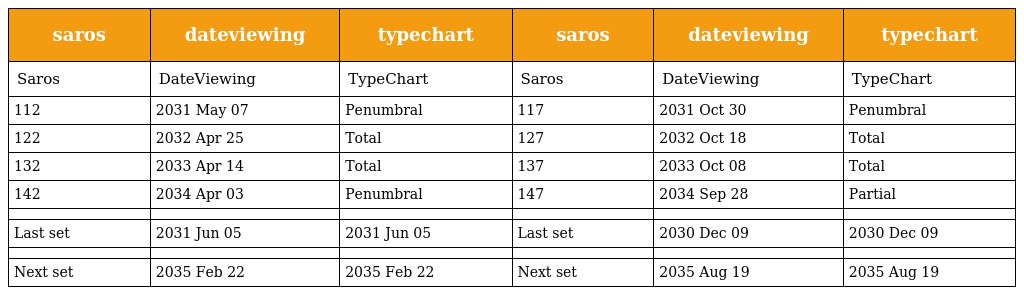
| saros | dateviewing | typechart | saros | dateviewing | typechart |
 | --- | --- | --- | --- | --- | --- |
 | Saros | DateViewing | TypeChart | Saros | DateViewing | TypeChart |
 | 112 | 2031 May 07 | Penumbral | 117 | 2031 Oct 30 | Penumbral |
 | 122 | 2032 Apr 25 | Total | 127 | 2032 Oct 18 | Total |
 | 132 | 2033 Apr 14 | Total | 137 | 2033 Oct 08 | Total |
 | 142 | 2034 Apr 03 | Penumbral | 147 | 2034 Sep 28 | Partial |
 |  |  |  |  |  |  |
 | Last set | 2031 Jun 05 | 2031 Jun 05 | Last set | 2030 Dec 09 | 2030 Dec 09 |
 |  |  |  |  |  |  |
 | Next set | 2035 Feb 22 | 2035 Feb 22 | Next set | 2035 Aug 19 | 2035 Aug 19 |